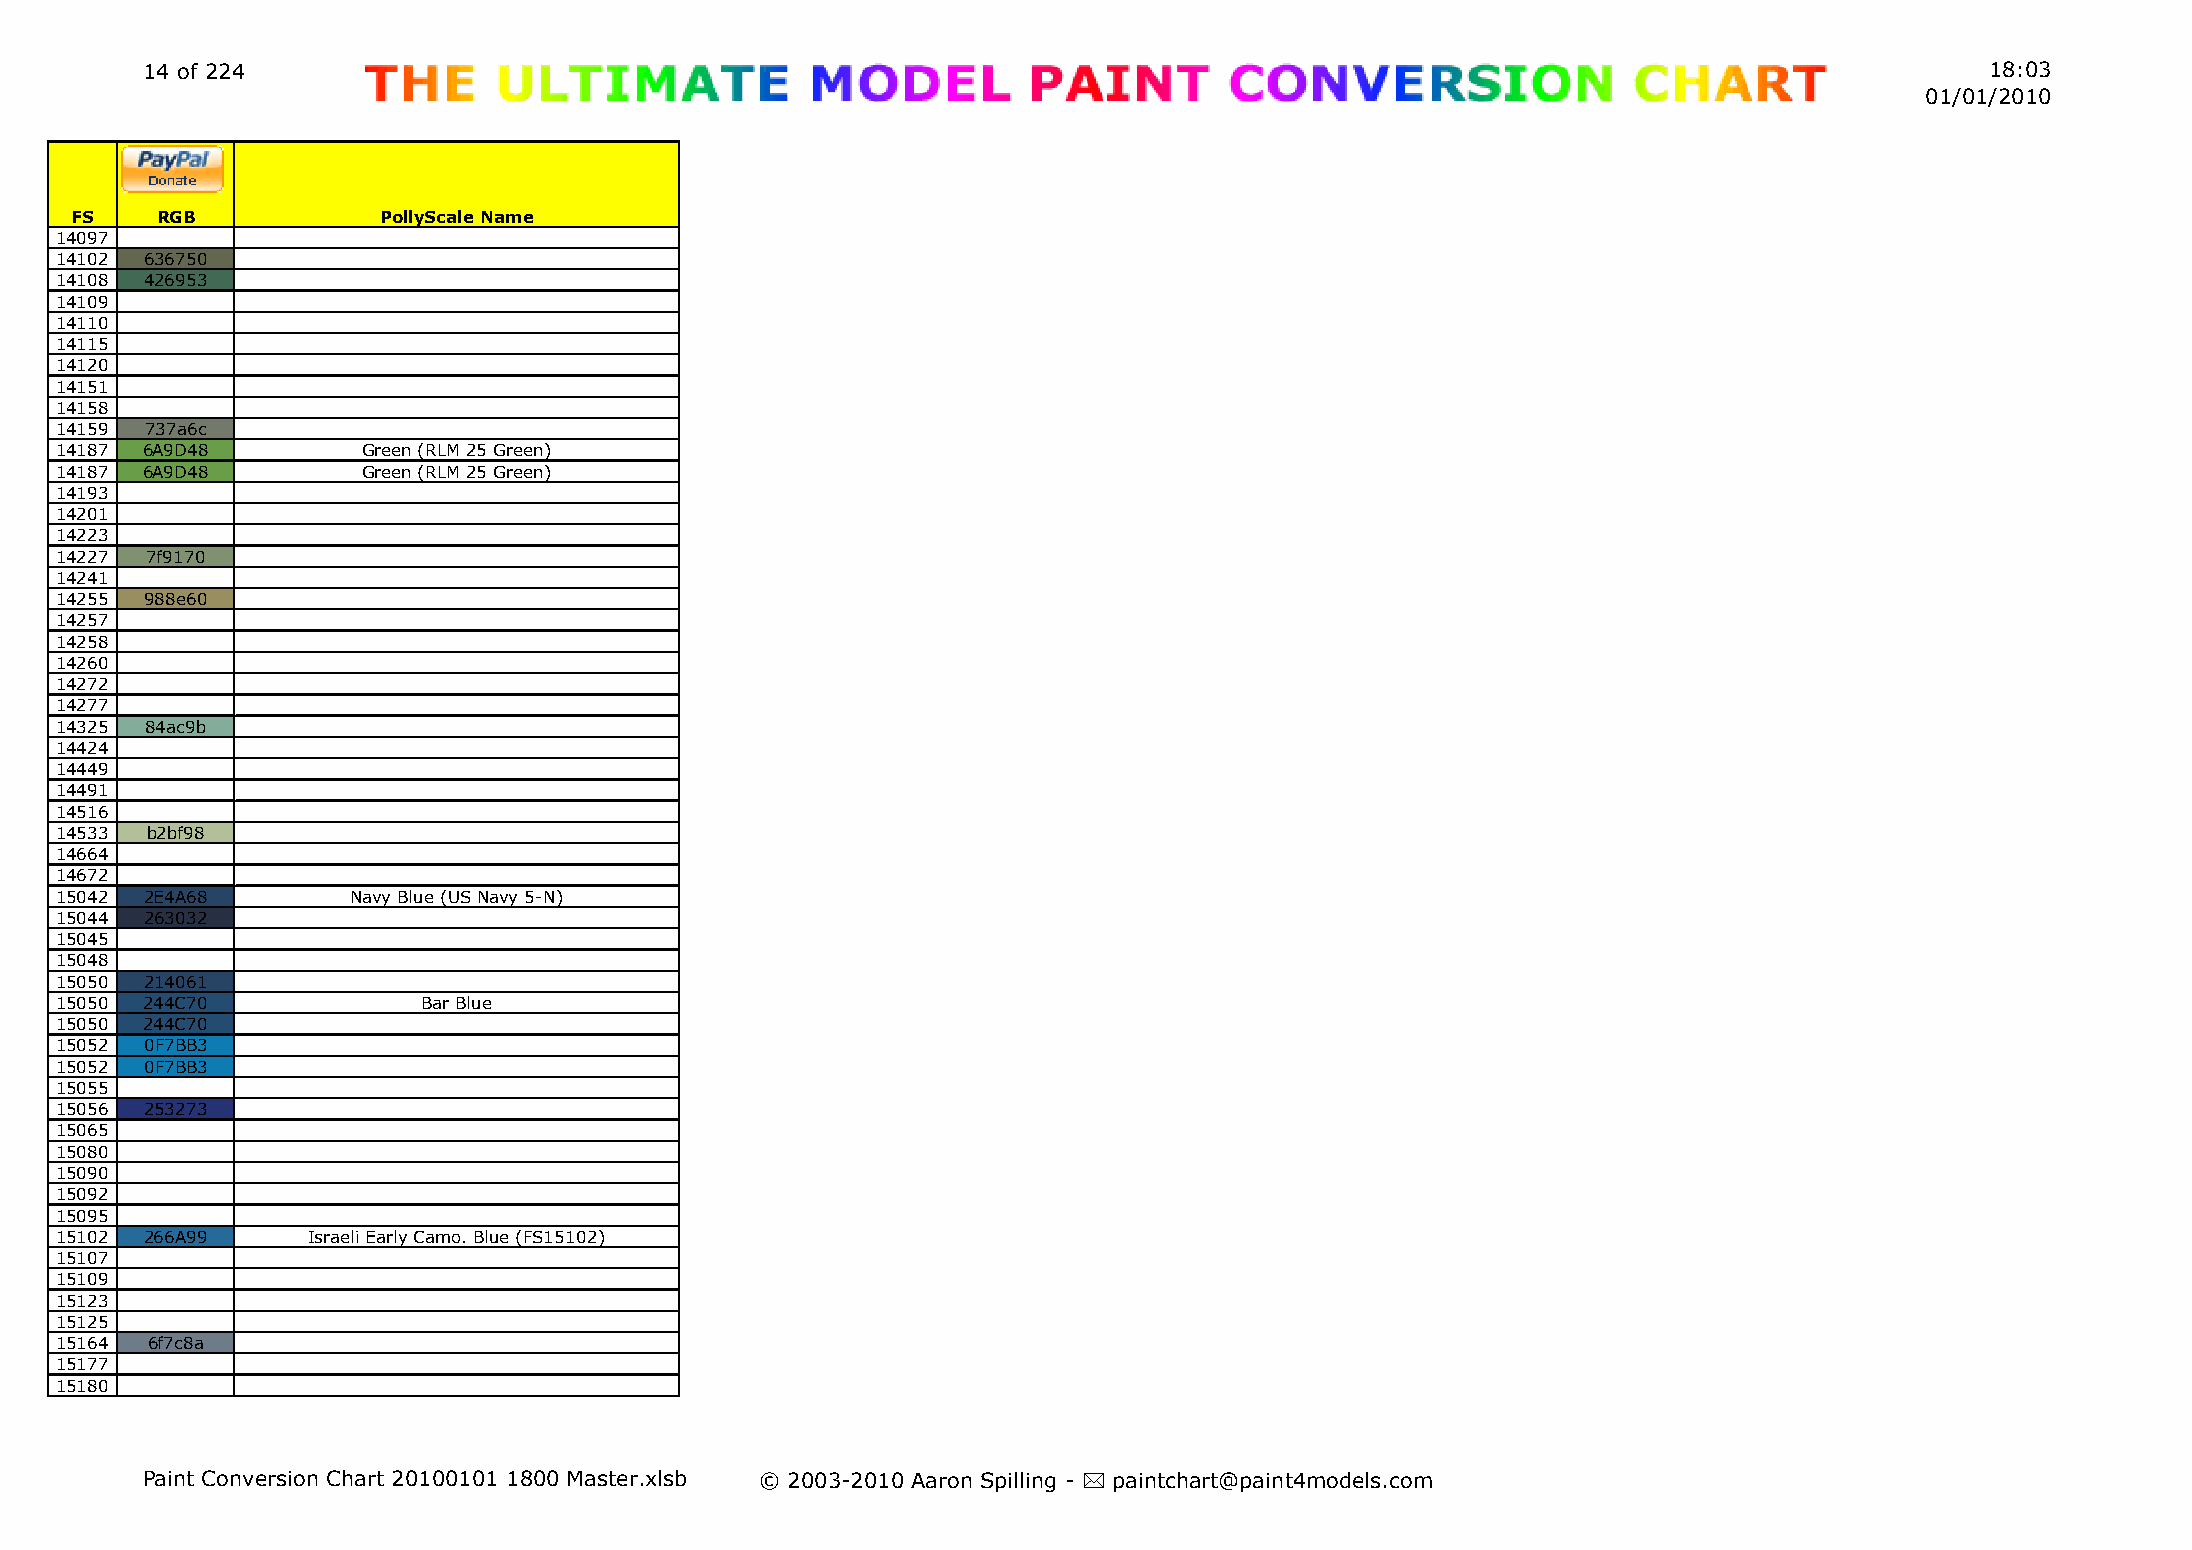
14 of 224                                                                                                                  18:03
 01/01/2010
 FS   RGB            PollyScale Name
 14097
 14102 636750
 14108 426953
 14109
 14110
 14115
 14120
 14151
 14158
 14159 737a6c
 14187 6A9D48        Green (RLM 25 Green)
 14187 6A9D48        Green (RLM 25 Green)
 14193
 14201
 14223
 14227 7f9170
 14241
 14255 988e60
 14257
 14258
 14260
 14272
 14277
 14325 84ac9b
 14424
 14449
 14491
 14516
 14533 b2bf98
 14664
 14672
 15042 2E4A68       Navy Blue (US Navy 5-N)
 15044 263032
 15045
 15048
 15050 214061
 15050 244C70            Bar Blue
 15050 244C70
 15052 0F7BB3
 15052 0F7BB3
 15055
 15056 253273
 15065
 15080
 15090
 15092
 15095
 15102 266A99    Israeli Early Camo. Blue (FS15102)
 15107
 15109
 15123
 15125
 15164 6f7c8a
 15177
 15180
 Paint Conversion Chart 20100101 1800 Master.xlsb © 2003-2010 Aaron Spilling - * paintchart@paint4models.com